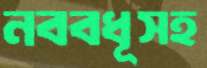
নববধূসহ